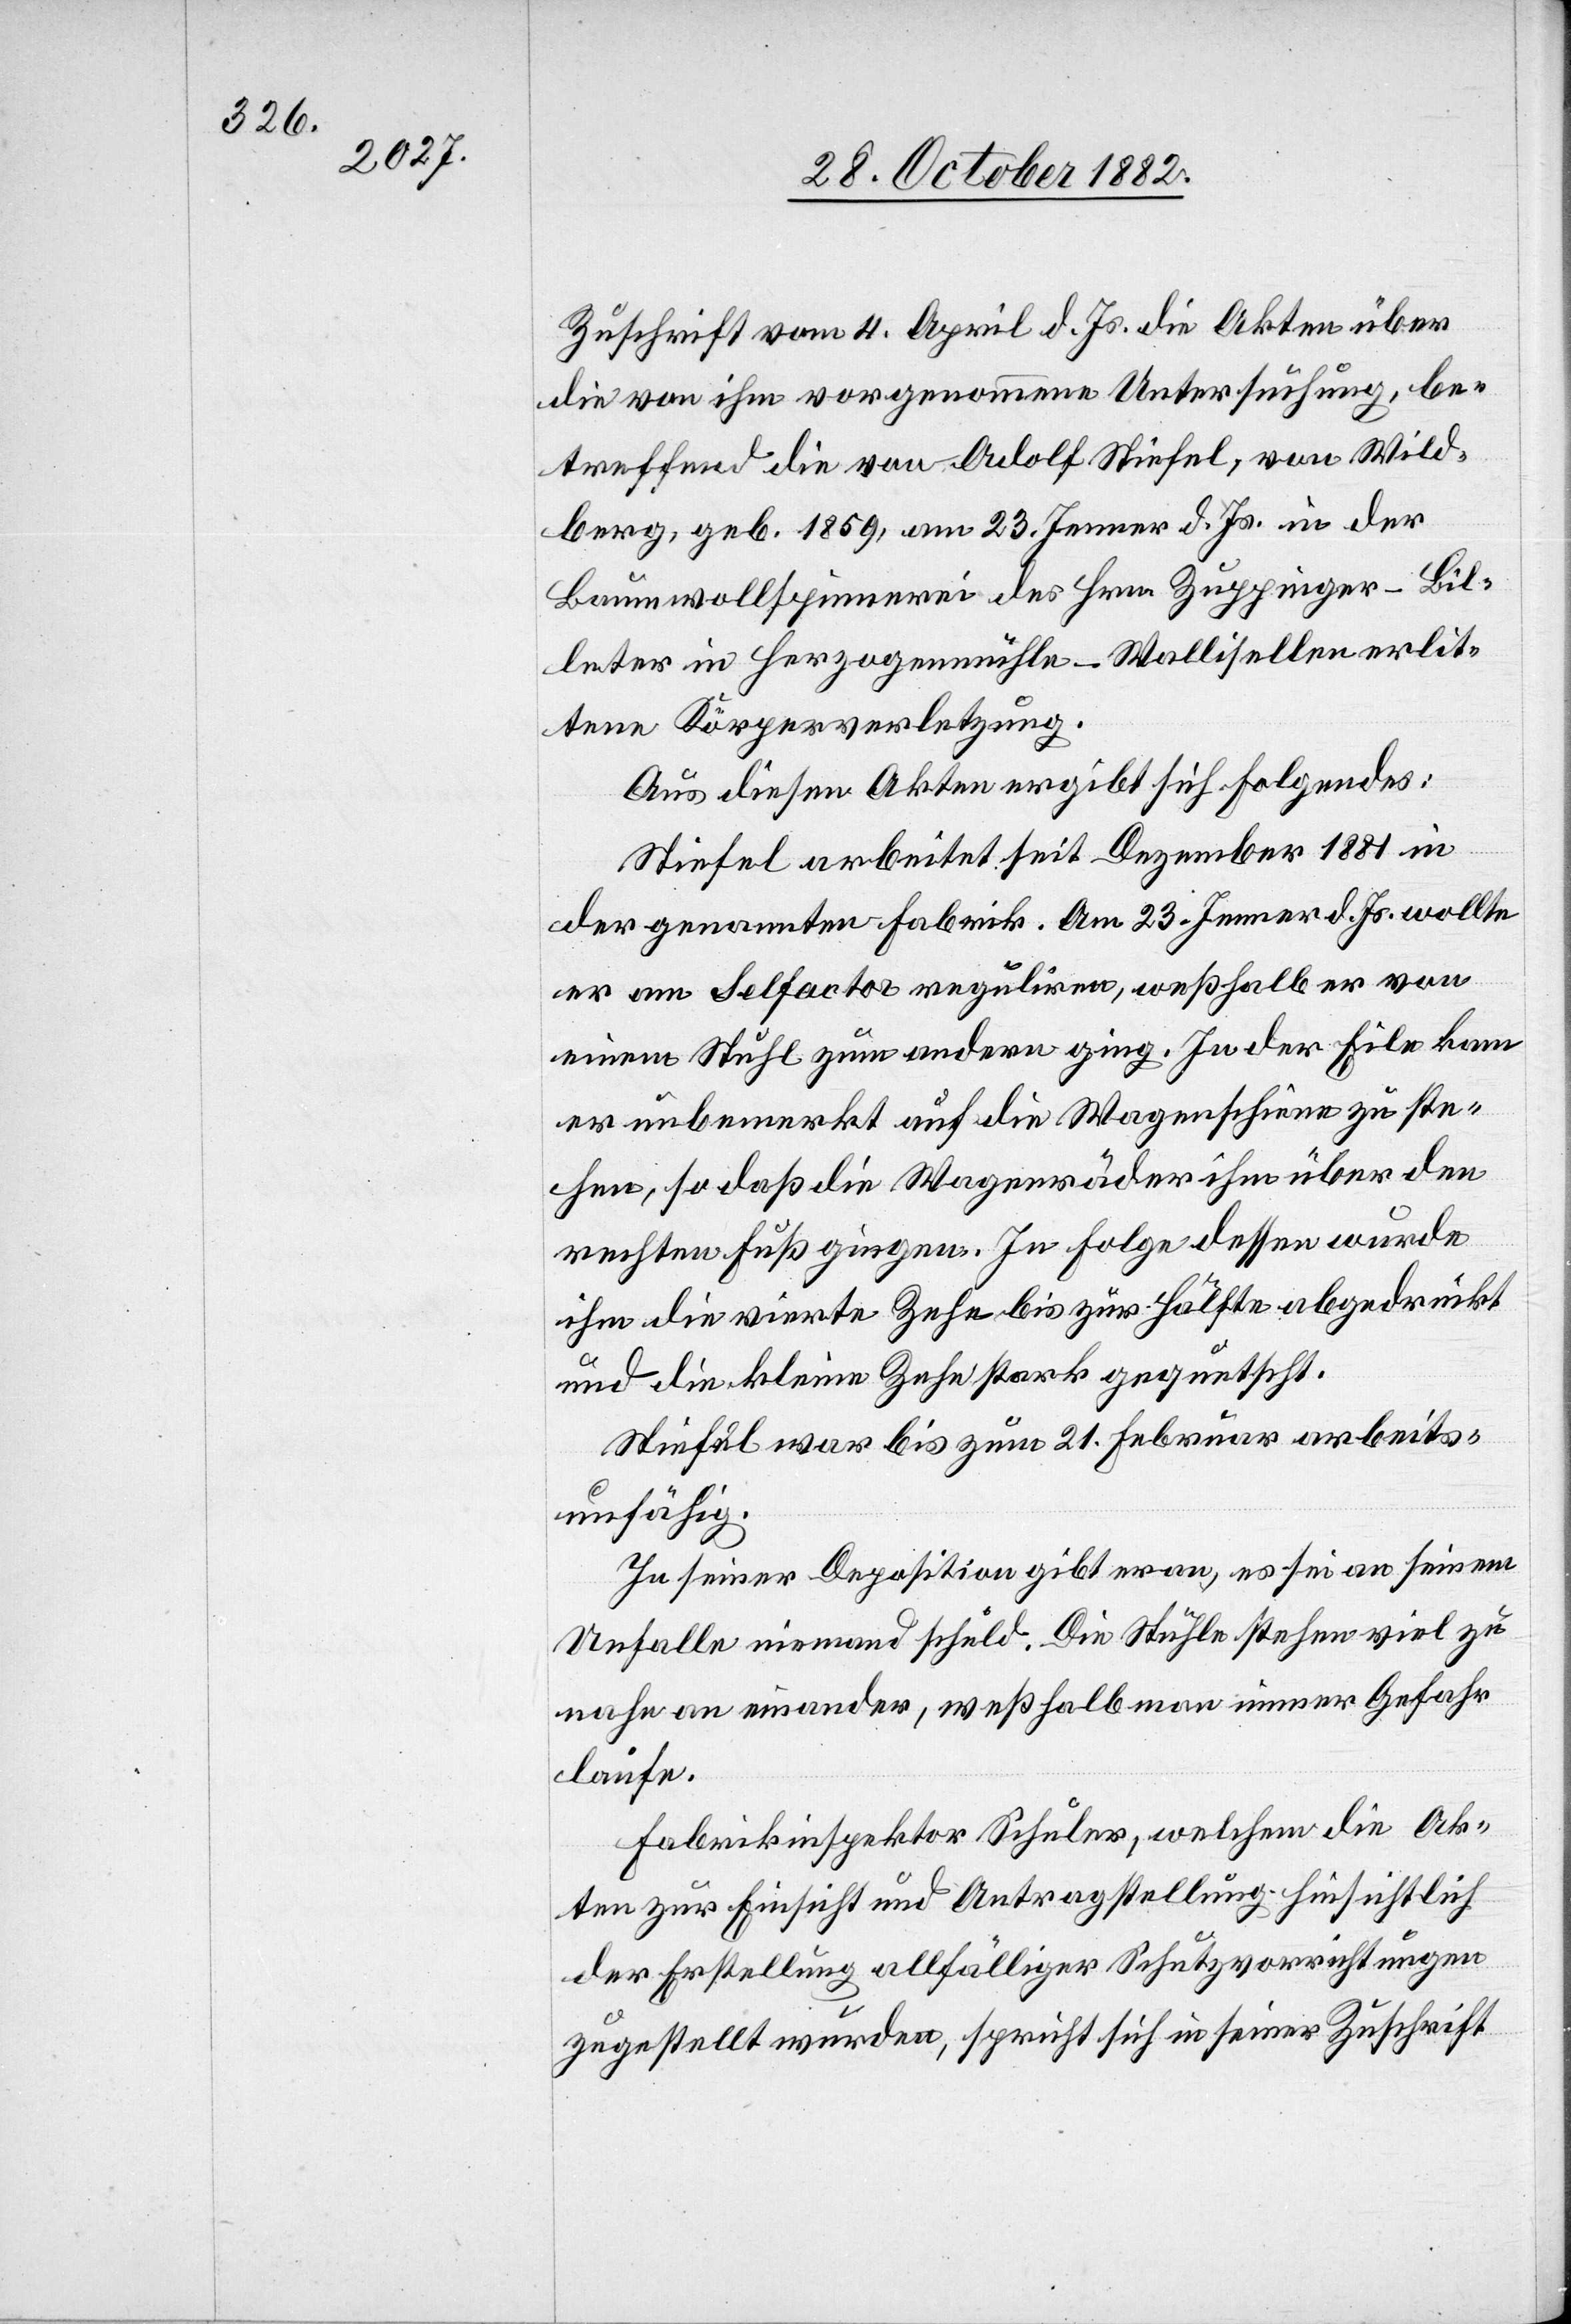
Zuschrift vom 4. April d. Js. die Akten über
die von ihm vorgenommene Untersuchung, be¬
treffend die von Adolf Stiefel, von Wild¬
berg, geb. 1859, am 23. Jenner d. Js. in der
Baumwollspinnerei des Hrn. Zuppinger-Bil¬
leter in Herzogenmühle - Wallisellen erlit¬
tene Körperverletzung.
Aus diesen Akten ergibt sich Folgendes:
Stiefel arbeitet seit Dezember 1881 in
der genannten Fabrik. Am 23. Jenner d. Js. wollte
er am Selfactor reguliren, weßhalb er von
einem Stuhl zum andern ging. In der Eile kam
er unbemerkt auf die Wagenschiene zu ste¬
hen, so daß die Wagenräder ihm über den
rechten Fuß gingen. In Folge dessen wurde
ihm die vierte Zehe bis zur Hälfte abgedrückt
und die kleine Zehe stark gequetscht.
Stiefel war bis zum 21. Februar arbeits¬
unfähig.
In seiner Deposition gibt er an, es sei an seinem
Unfalle niemand schuld. Die Stühle stehen viel zu
nahe an einander, weßhalb man immer Gefahr
laufe.
Fabrikinspektor Schuler, welchem die Ak¬
ten zur Einsicht und Antragstellung hinsichtlich
der Erstellung allfälliger Schutzvorrichtungen
zugestellt wurden, spricht sich in seiner Zuschrift